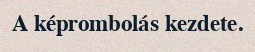
A képrombolás kezdete.